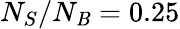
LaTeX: N_{S}/N_{\mathit{B}}=0.25